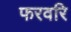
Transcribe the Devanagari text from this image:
फरवरि